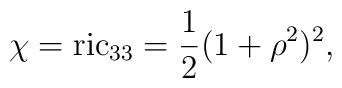
\chi={\rm ric}_{33}=\frac 12(1+\rho^2)^2,